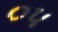
૦૫